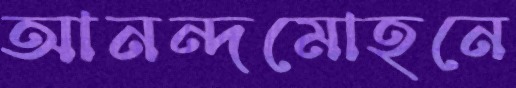
আনন্দমোহনে